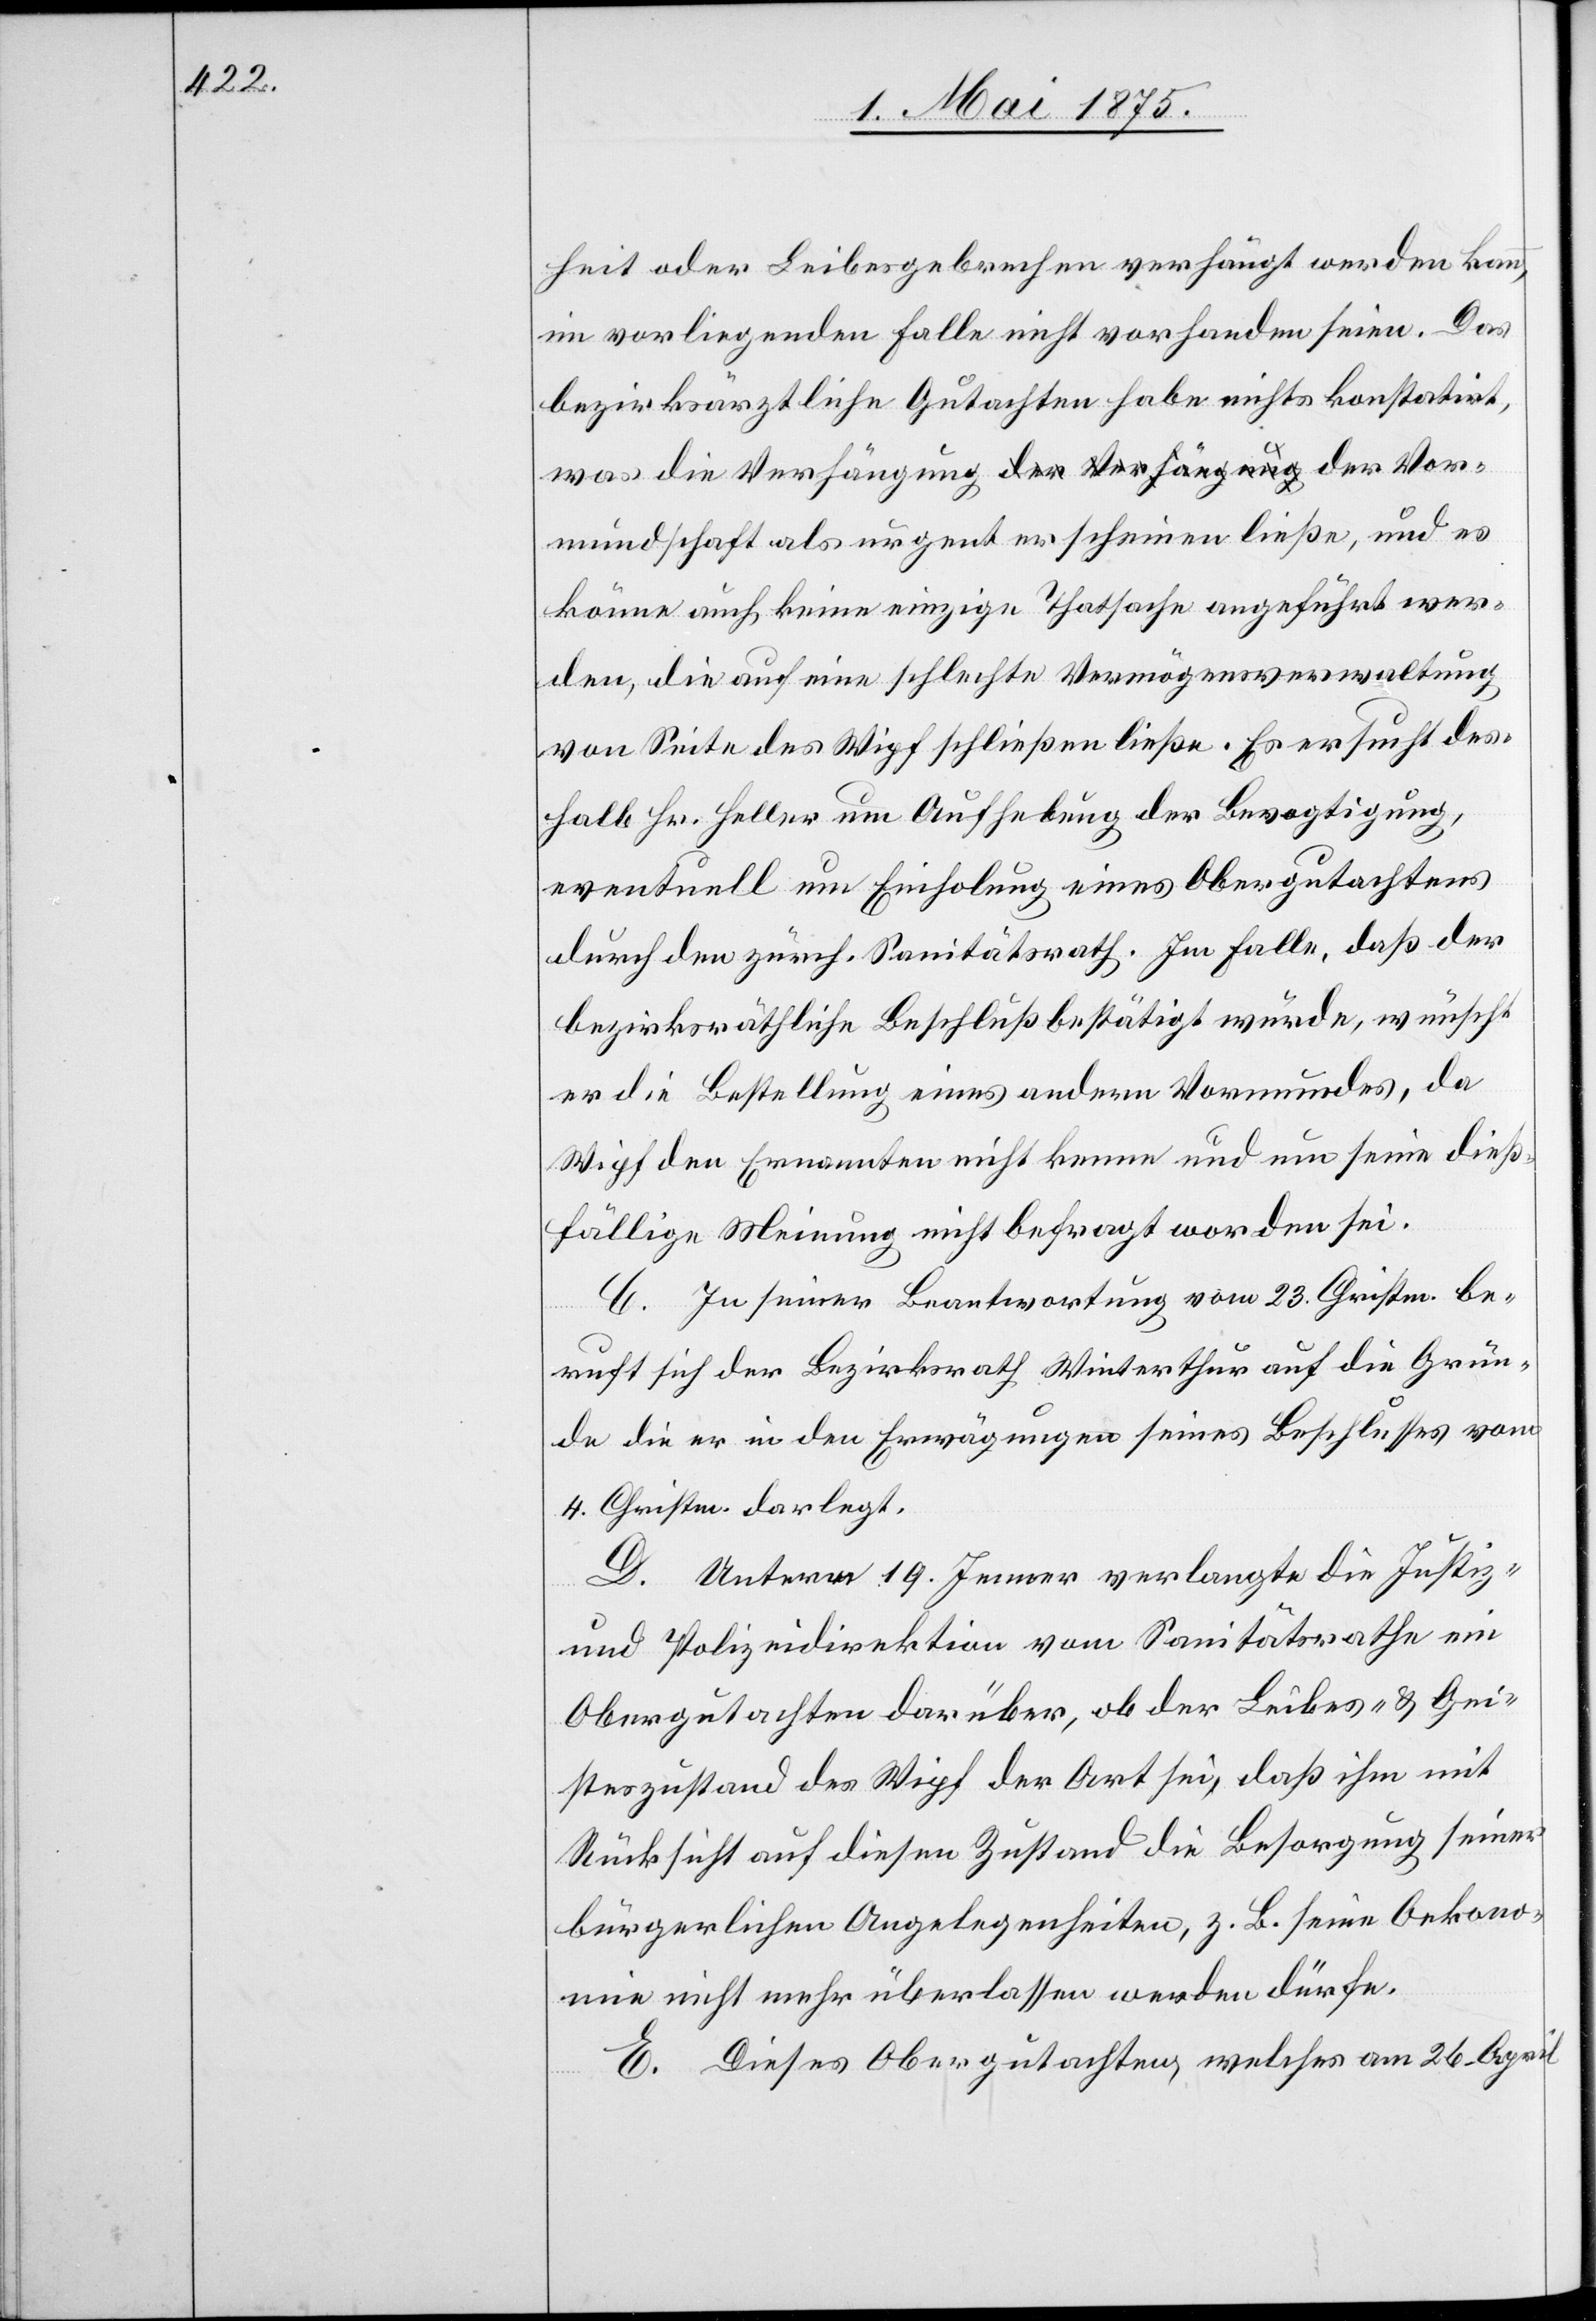
heit oder Leibesgebrechen verhängt werden kann,
im vorliegenden Falle nicht vorhanden seien. Das
bezirksärztliche Gutachten habe nichts konstatirt,
was die Verhängung der Vormundschaft als ur¬
könne auch keine einzige Thatsache angeführt wer¬
den, die auf eine schlechte Vermögensverwaltung
von Seite des Wipf schließen ließe. Es ersucht des¬
halb Hr. Heller um Aufhebung der Bevogtigung,
eventuell um Einholung eines Obergutachtens
durch den zürch. Sanitätsrath. Im Falle, daß der
bezirksräthliche Beschluß bestätigt würde, wünscht
er die Bestellung eines andern Vormundes, da
Wipf den Ernannten nicht kenne und um seine dieß¬
fällige Meinung nicht befragt worden sei.
C. In seiner Beantwortung vom 23. Christm. be¬
erscheinen
ruft sich der Bezirksrath Winterthur auf die Grün¬
de die er in den Erwägungen seines Beschlusses vom
4. Christm. darlegt.
D. Unterm 19. Jenner verlangte die Justiz-
und Polizeidirektion vom Sanitätsrathe ein
Obergutachten darüber, ob der Leibes- & Gei¬
steszustand des Wipf der Art sei, daß ihm mit
Rücksicht auf diesen Zustand die Besorgung seiner
bürgerlichen Angelegenheiten, z. B. seine Oekono¬
mie nicht mehr überlassen werden dürfe.
E. Diese Obergutachten, welches am 26. April